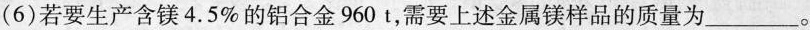
(6)若要生产含镁4.5\%的铝合金960t，需要上述金属镁样品的质量为___。